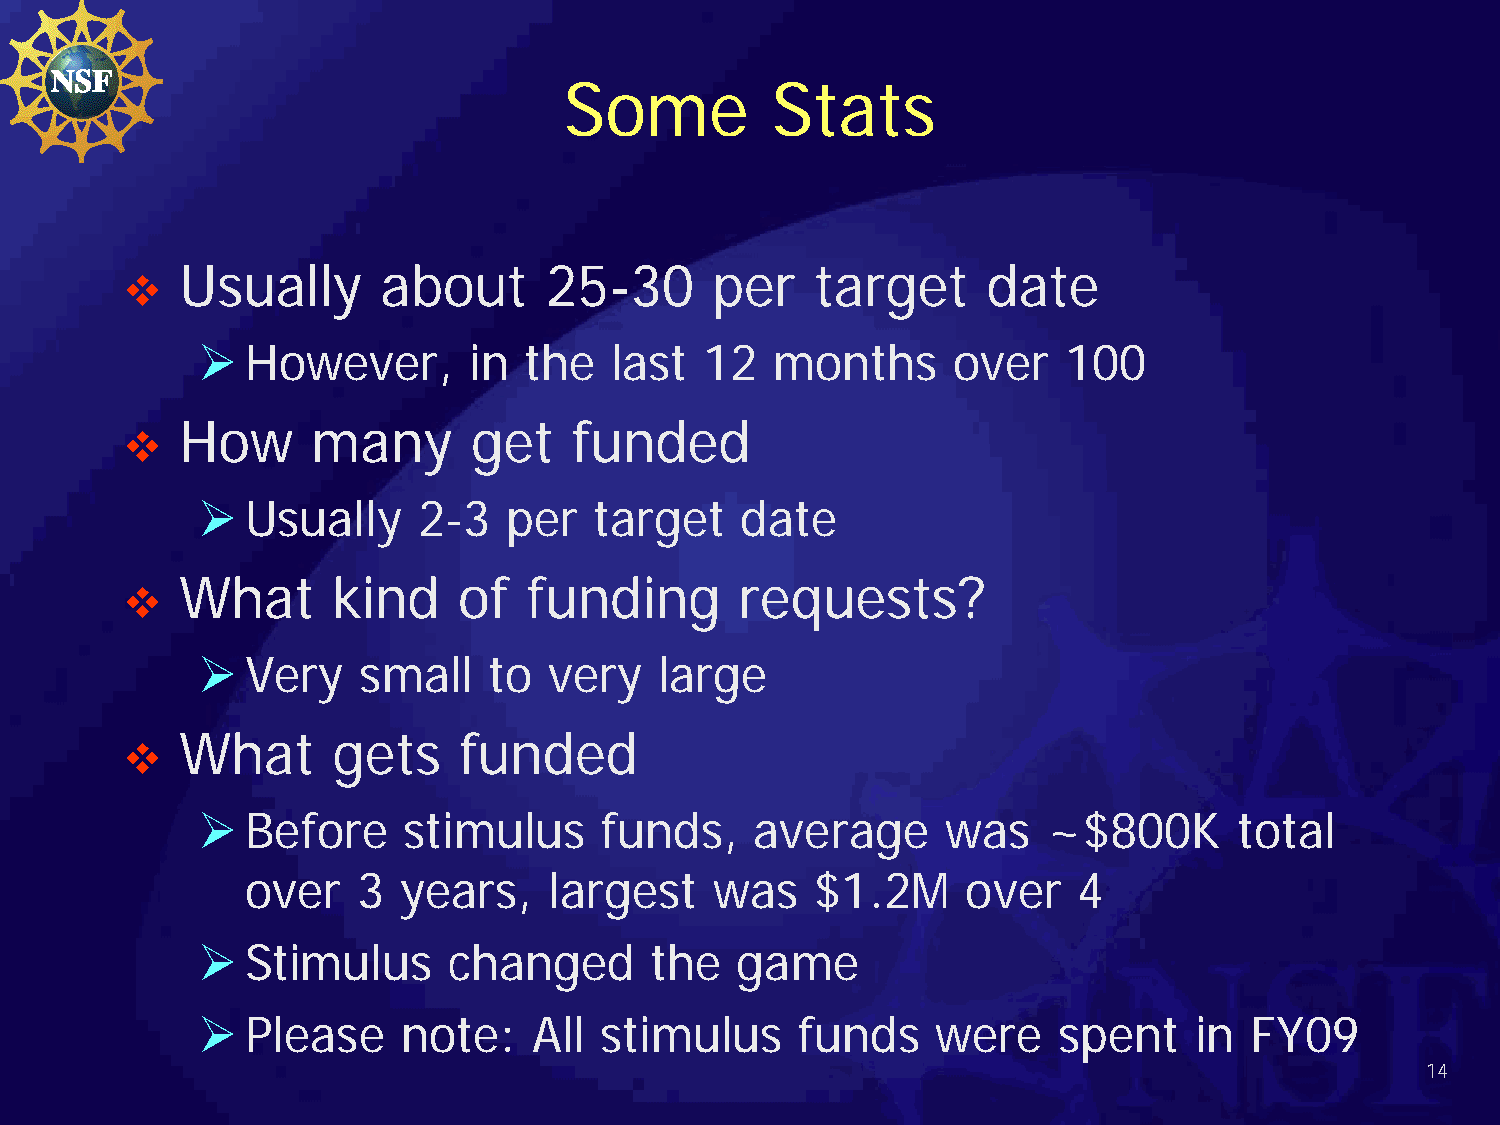
Some          Stats
 Usually      about      25-30      per    target     date
 
   However,       in  the  last   12  months      over   100
 How      many      get    funded
 
   Usually     2-3   per  target    date
 What      kind    of   funding       requests?
 
   Very    small   to  very    large
 What      gets    funded
 
   Before     stimulus     funds,    average      was   ~$800K       total
 over    3 years,    largest    was    $1.2M     over   4
   Stimulus      changed      the   game
   Please     note:   All  stimulus     funds    were    spent    in  FY09
 14